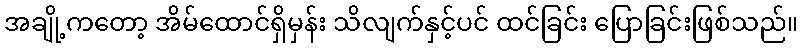
အချို့ကတော့ အိမ်ထောင်ရှိမှန်း သိလျက်နှင့်ပင် ထင်ခြင်း ပြောခြင်းဖြစ်သည်။